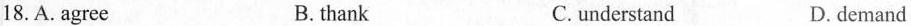
18.A.agree B.thank C.understand D.demand